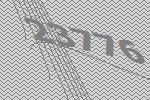
23776